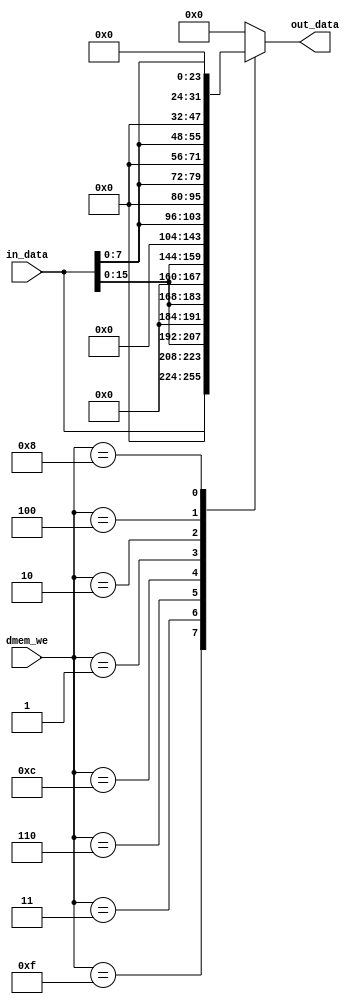
module change_mem_wr(
    input [3:0] dmem_we,
    input [31:0] in_data,
    output reg [31:0] out_data
    );

always @(*) begin
    out_data = 32'b0;
    case(dmem_we)
        4'b1111: out_data = in_data;
        4'b0011: out_data = {16'b0, in_data[15:0]};
        4'b0110: out_data = {8'b0, in_data[15:0], 8'b0};
        4'b1100: out_data = {in_data[15:0], 16'b0};
        4'b0001: out_data = {24'b0, in_data[7:0]};
        4'b0010: out_data = {16'b0, in_data[7:0], 8'b0};
        4'b0100: out_data = {8'b0, in_data[7:0], 16'b0};
        4'b1000: out_data = {in_data[7:0], 24'b0};
        default: out_data = 32'b0;
    endcase
end
endmodule